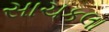
સાચકલા